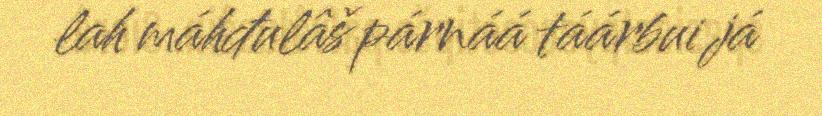
lah máhđulâš párnáá táárbui já